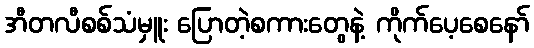
အီတလီစစ်သံမှူး ပြောတဲ့စကားတွေနဲ့ ကိုက်ပေ့စေနော်